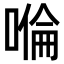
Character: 𠹹